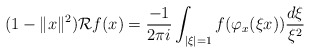
\begin{align*}(1-\|x\|^2)\mathcal Rf(x)=\frac{-1}{2\pi i }\int_{|\xi|=1} f(\varphi_x(\xi x))\frac{d\xi}{\xi^2}\Big .\end{align*}